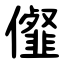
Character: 㒠